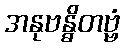
အနုဗန္ဓိတဗ္ဗံ